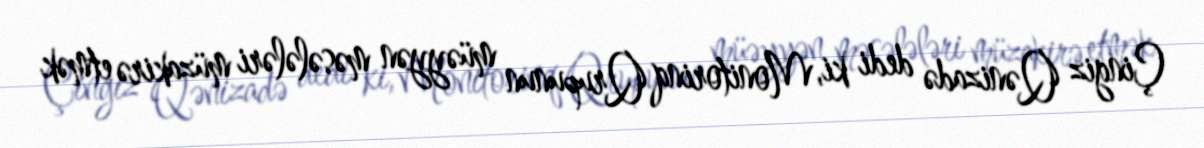
Çingiz Qənizadə dedi ki, Monitorinq Qrupunun müəyyən məsələləri müzakirə etmək